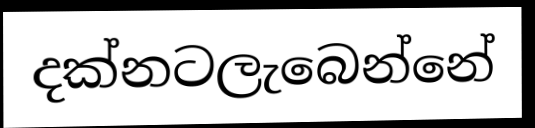
දක්නටලැබෙන්නේ